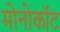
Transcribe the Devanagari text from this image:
मोनोकॉट